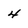
Character: 4